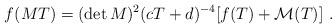
LaTeX: \begin{align*}f(MT)=(\det M )^{2} (cT+d)^{-4} [f(T)+{\cal M}(T)]\ .\end{align*}